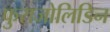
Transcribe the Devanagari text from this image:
फुराजोलिडिन